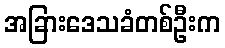
အခြားဒေသခံတစ်ဦးက